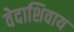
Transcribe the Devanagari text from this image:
वेदाशिवाय